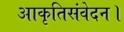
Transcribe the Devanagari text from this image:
आकृतिसंवेदन।